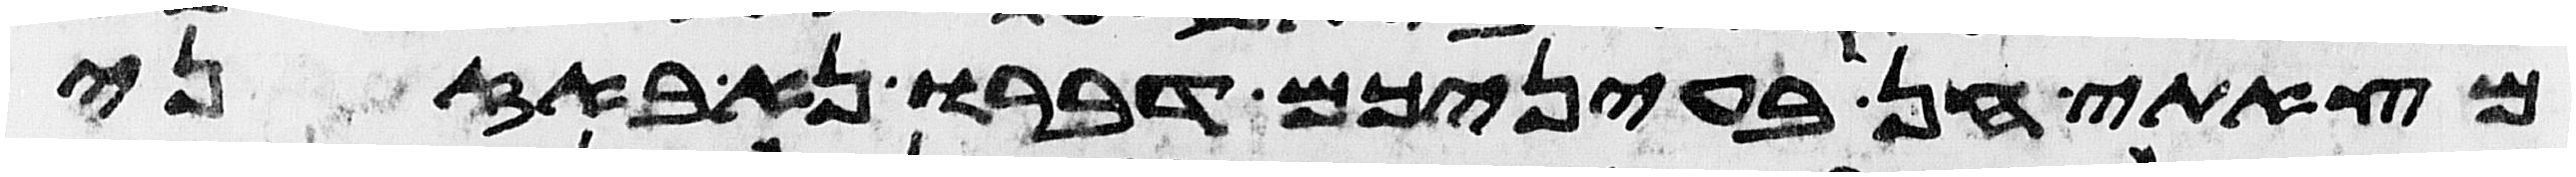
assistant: מצאתי חן בעיניכם דברו נא באזני